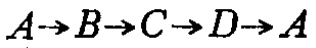
$A\rightarrow B\rightarrow C\rightarrow D\rightarrow A$